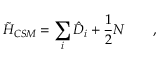
\tilde { H } _ { C S M } = \sum _ { i } \hat { D } _ { i } + \frac { 1 } { 2 } N \qquad ,